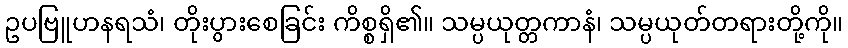
ဥပဗြူဟနရသံ၊ တိုးပွားစေခြင်း ကိစ္စရှိ၏။ သမ္ပယုတ္တကာနံ၊ သမ္ပယုတ်တရားတို့ကို။